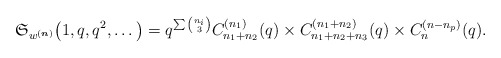
\begin{gather*}\mathfrak{S}_{w^{({\boldsymbol{n}})}}\big(1,q,q^2,\ldots\big)=q^{\sum {n_i \choose 3}} C_{n_{1}+n_{2}}^{(n_1)}(q) \times C_{n_{1}+n_{2}+n_{3}}^{(n_1+n_2)}(q) \times C_{n}^{(n-n_{p})}(q).\end{gather*}